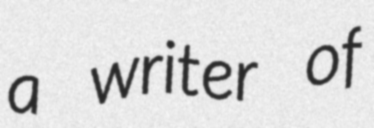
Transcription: a writer of